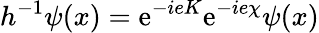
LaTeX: {h^{-1}\psi(x)=\mathrm{e}^{-ieK}\mathrm{e}^{-ie\chi}\psi(x)}